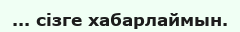
... сізге хабарлаймын.